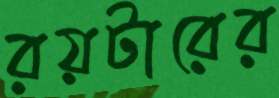
রয়টারের